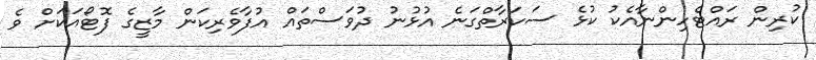
ކުރިން ރައްޓެހިންނާއެކު ކުޅެ ސަކަރާތްގަނެ އުޅުނު ދުވަސްތައް އުފާވެރިކަން މާޒީގެ ފޮޓޯއަކަށް ވެ